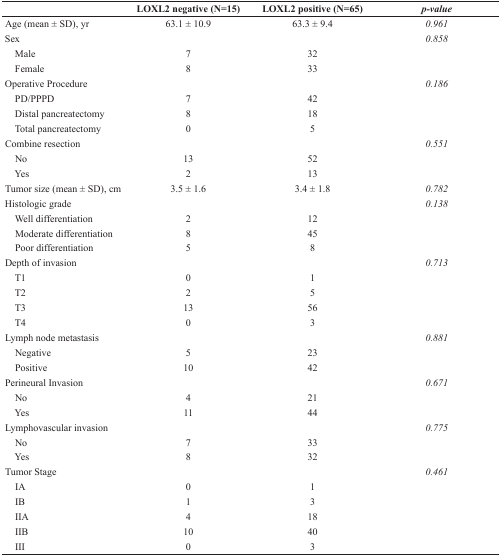
<table><thead><tr><td></td><td><b>LOXL2 negative (N=15)</b></td><td><b>LOXL2 positive (N=65)</b></td><td><b><i>p-value</i></b></td></tr></thead><tbody><tr><td>Age (mean ± SD), yr</td><td>63.1 ± 10.9</td><td>63.3 ± 9.4</td><td><i>0.961</i></td></tr><tr><td>Sex</td><td></td><td></td><td><i>0.858</i></td></tr><tr><td> Male</td><td>7</td><td>32</td><td></td></tr><tr><td> Female</td><td>8</td><td>33</td><td></td></tr><tr><td>Operative Procedure</td><td></td><td></td><td><i>0.186</i></td></tr><tr><td> PD/PPPD</td><td>7</td><td>42</td><td></td></tr><tr><td> Distal pancreatectomy</td><td>8</td><td>18</td><td></td></tr><tr><td> Total pancreatectomy</td><td>0</td><td>5</td><td></td></tr><tr><td>Combine resection</td><td></td><td></td><td><i>0.551</i></td></tr><tr><td> No</td><td>13</td><td>52</td><td></td></tr><tr><td> Yes</td><td>2</td><td>13</td><td></td></tr><tr><td>Tumor size (mean ± SD), cm</td><td>3.5 ± 1.6</td><td>3.4 ± 1.8</td><td><i>0.782</i></td></tr><tr><td>Histologic grade</td><td></td><td></td><td><i>0.138</i></td></tr><tr><td> Well differentiation</td><td>2</td><td>12</td><td></td></tr><tr><td> Moderate differentiation</td><td>8</td><td>45</td><td></td></tr><tr><td> Poor differentiation</td><td>5</td><td>8</td><td></td></tr><tr><td>Depth of invasion</td><td></td><td></td><td><i>0.713</i></td></tr><tr><td> T1</td><td>0</td><td>1</td><td></td></tr><tr><td> T2</td><td>2</td><td>5</td><td></td></tr><tr><td> T3</td><td>13</td><td>56</td><td></td></tr><tr><td> T4</td><td>0</td><td>3</td><td></td></tr><tr><td>Lymph node metastasis</td><td></td><td></td><td><i>0.881</i></td></tr><tr><td> Negative</td><td>5</td><td>23</td><td></td></tr><tr><td> Positive</td><td>10</td><td>42</td><td></td></tr><tr><td>Perineural Invasion</td><td></td><td></td><td><i>0.671</i></td></tr><tr><td> No</td><td>4</td><td>21</td><td></td></tr><tr><td> Yes</td><td>11</td><td>44</td><td></td></tr><tr><td>Lymphovascular invasion</td><td></td><td></td><td><i>0.775</i></td></tr><tr><td> No</td><td>7</td><td>33</td><td></td></tr><tr><td> Yes</td><td>8</td><td>32</td><td></td></tr><tr><td>Tumor Stage</td><td></td><td></td><td><i>0.461</i></td></tr><tr><td> IA</td><td>0</td><td>1</td><td></td></tr><tr><td> IB</td><td>1</td><td>3</td><td></td></tr><tr><td> IIA</td><td>4</td><td>18</td><td></td></tr><tr><td> IIB</td><td>10</td><td>40</td><td></td></tr><tr><td> III</td><td>0</td><td>3</td><td></td></tr></tbody></table>